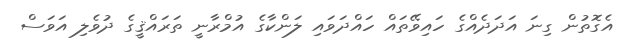
އެގޮތުން ގިނަ އަދަދެއްގެ ހައިވޭތައް ހައްދަވައި ލަންކާގެ އުމްރާނީ ތަރައްޤީގެ ދުވެލި އަވަސް